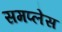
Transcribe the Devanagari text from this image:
समप्लेस